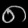
Digit: ၈